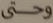
وحتى